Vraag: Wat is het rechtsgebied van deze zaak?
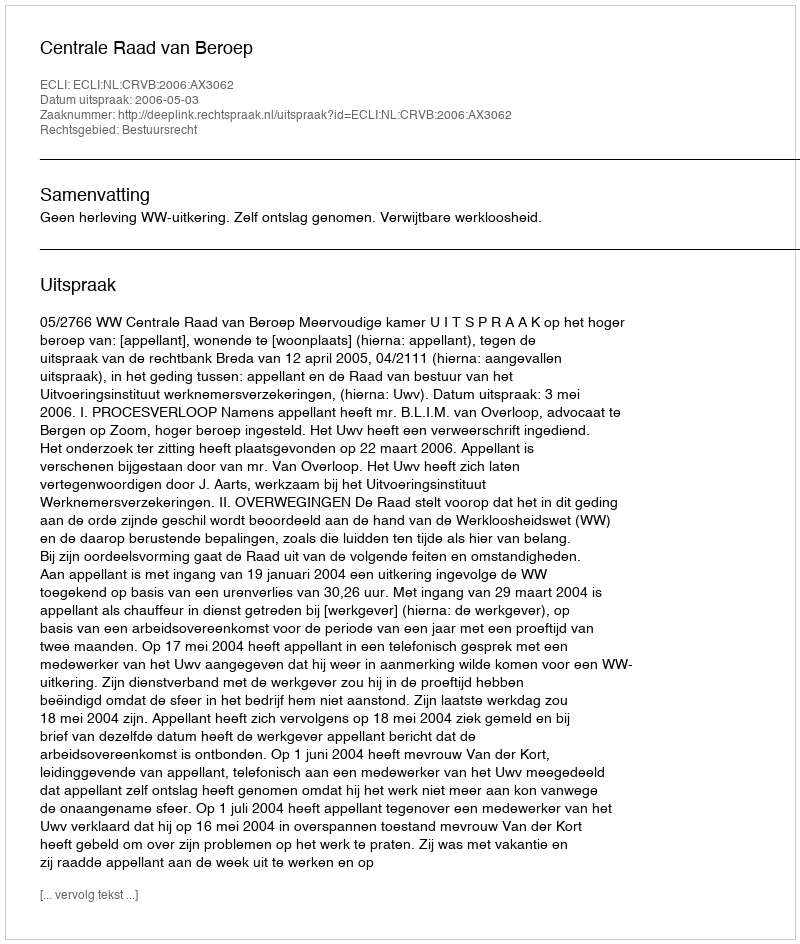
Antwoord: Bestuursrecht